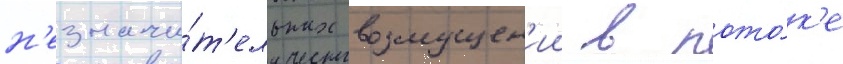
н'езначи́т'ельных возмущен'ии в пото́к'е